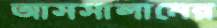
আসসালামের